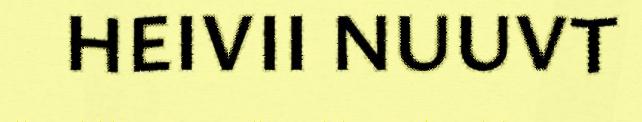
HEIVII NUUVT